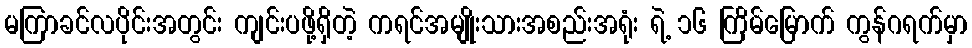
မကြာခင်လပိုင်းအတွင်း ကျင်းပဖို့ရှိတဲ့ ကရင်အမျိုးသားအစည်းအရုံး ရဲ့ ၁၆ ကြိမ်မြောက် ကွန်ဂရက်မှာ